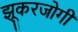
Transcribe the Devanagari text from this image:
झूकरजोगी